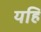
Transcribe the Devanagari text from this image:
यहि